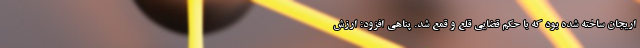
اریجان ساخته شده بود که با حکم قضایی قلع و قمع شد. پناهی افزود: ارزش